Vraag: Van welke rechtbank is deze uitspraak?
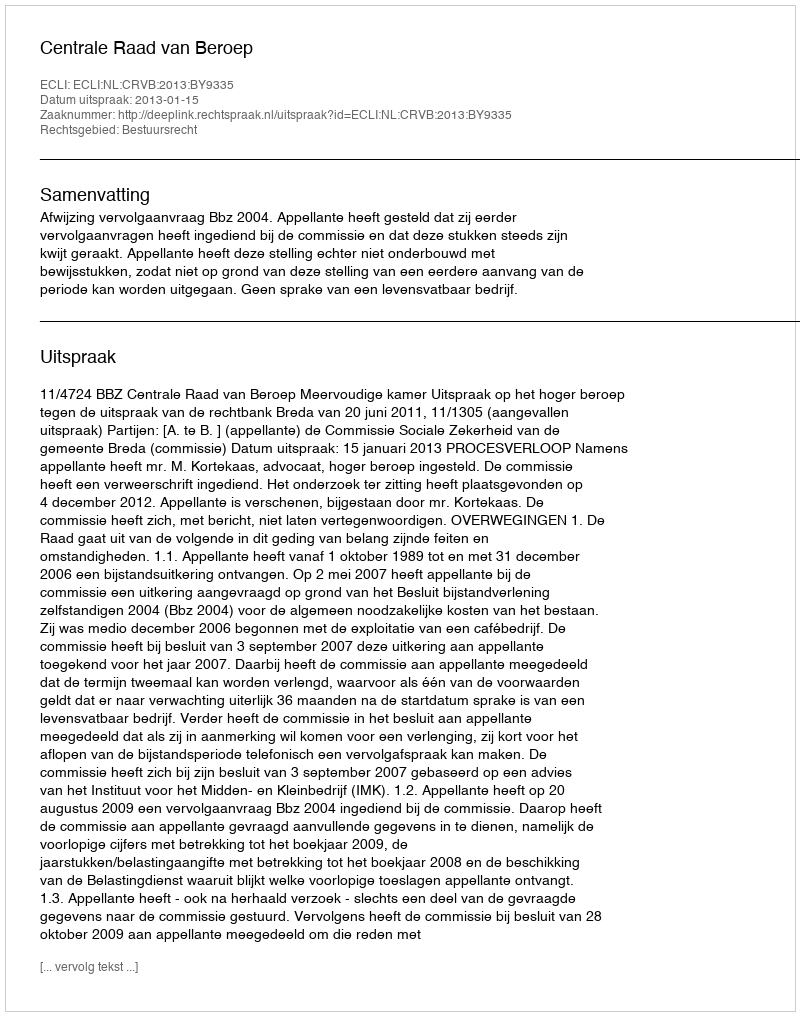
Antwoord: Centrale Raad van Beroep